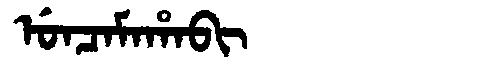
Manchu: ᡠᠨᠴᠠᠮᠠᡥᠠᠪᡳ
Romanization: UNCAMAHABI